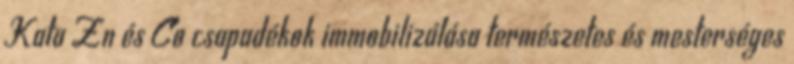
Kata Zn és Co csapadékok immobilizálása természetes és mesterséges